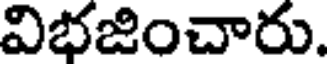
విభజించారు.